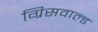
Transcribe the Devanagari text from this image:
ग्रिसवाल्ड